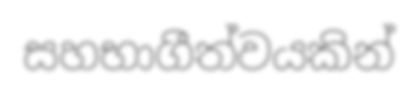
සහභාගීත්වයකින්